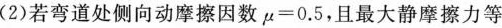
(2)若弯道处侧向动摩擦因数$$μ = 0 . 5$$，且最大静摩擦力等